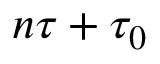
n \tau + \tau _ { 0 }